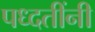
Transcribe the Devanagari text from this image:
पध्दतींनी